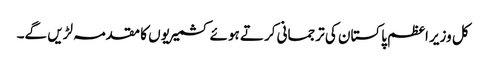
کل وزیر اعظم پاکستان کی ترجمانی کرتے ہوئے کشمیریوں کا مقدمہ لڑیں گے۔